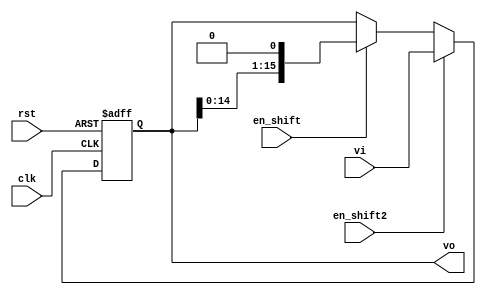
`timescale 1ns/1ns 
module shifter(input clk, rst, en_shift, en_shift2,input[15:0] vi, output reg[15:0] vo);


always@(posedge clk, posedge rst)begin
	if(rst)
		vo <= 8'b0;
	else if(en_shift2)
		vo <= vi;
	else if(en_shift)
		vo <= (vo << 1);
end


endmodule